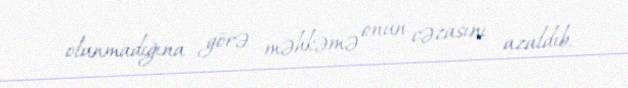
olunmadığına görə məhkəmə onun cəzasını azaldıb.